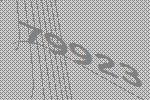
79923